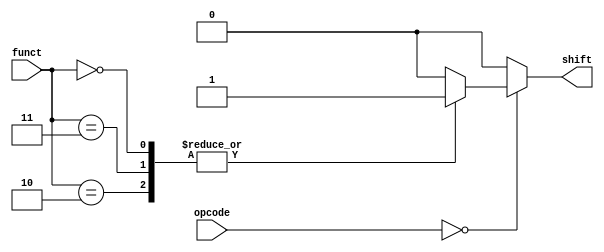
`timescale 1ns / 1ps
//////////////////////////////////////////////////////////////////////////////////
// Company: 
// Engineer: 
// 
// Design Name: 
// Module Name: isShift
// Project Name: 
// Target Devices: 
// Tool Versions: 
// Description: 
// 
// Dependencies: 
// 
// Revision:
// Revision 0.01 - File Created
// Additional Comments:
// 
//////////////////////////////////////////////////////////////////////////////////


module IsShift(
    input [5:0] opcode,
    input [5:0] funct,
    output reg shift
    );

    always @ (funct or opcode) begin
        if(opcode == 5'b00000)
        begin
        case (funct)
            6'h02: shift = 1;
            6'h03: shift = 1;
            6'h00: shift = 1;
            default: shift = 0;
        endcase
        end
        else shift = 0;
    end

endmodule